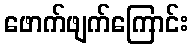
ဖောက်ဖျက်ကြောင်း